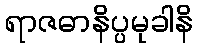
ရာဇဓာနိပ္ပမုခါနိ